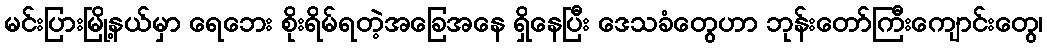
မင်းပြားမြို့နယ်မှာ ရေဘေး စိုးရိမ်ရတဲ့အခြေအနေ ရှိနေပြီး ဒေသခံတွေဟာ ဘုန်းတော်ကြီးကျောင်းတွေ၊